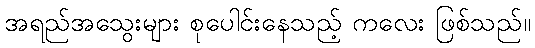
အရည်အသွေးများ စုပေါင်းနေသည့် ကလေး ဖြစ်သည်။